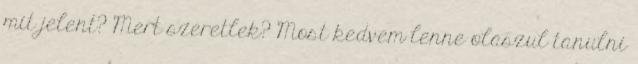
mit jelent? Mert szeretlek? Most kedvem lenne olaszul tanulni